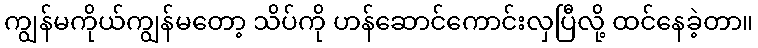
ကျွန်မကိုယ်ကျွန်မတော့ သိပ်ကို ဟန်ဆောင်ကောင်းလှပြီလို့ ထင်နေခဲ့တာ။